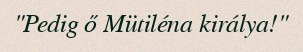
"Pedig ő Mütiléna királya!"